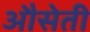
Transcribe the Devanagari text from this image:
औसेती